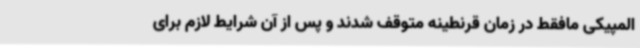
المپیکی مافقط در زمان قرنطینه متوقف شدند و پس از آن شرایط لازم برای